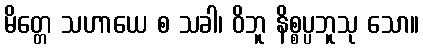
မိတ္တေ သဟာယေ စ သခါ၊ ဝိဘူ နိစ္စပ္ပဘူသု သော။